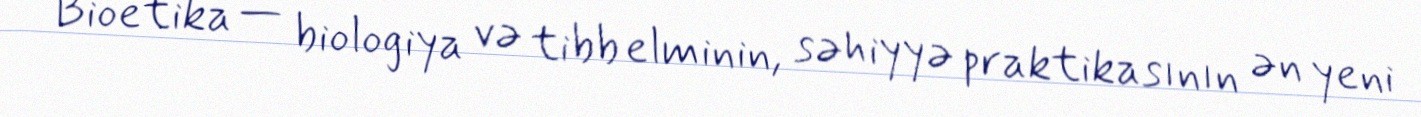
Bioetika — biologiya və tibb elminin, səhiyyə praktikasının ən yeni